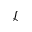
\mathcal { L }